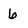
Character: 6